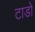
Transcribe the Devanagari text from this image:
टाडो